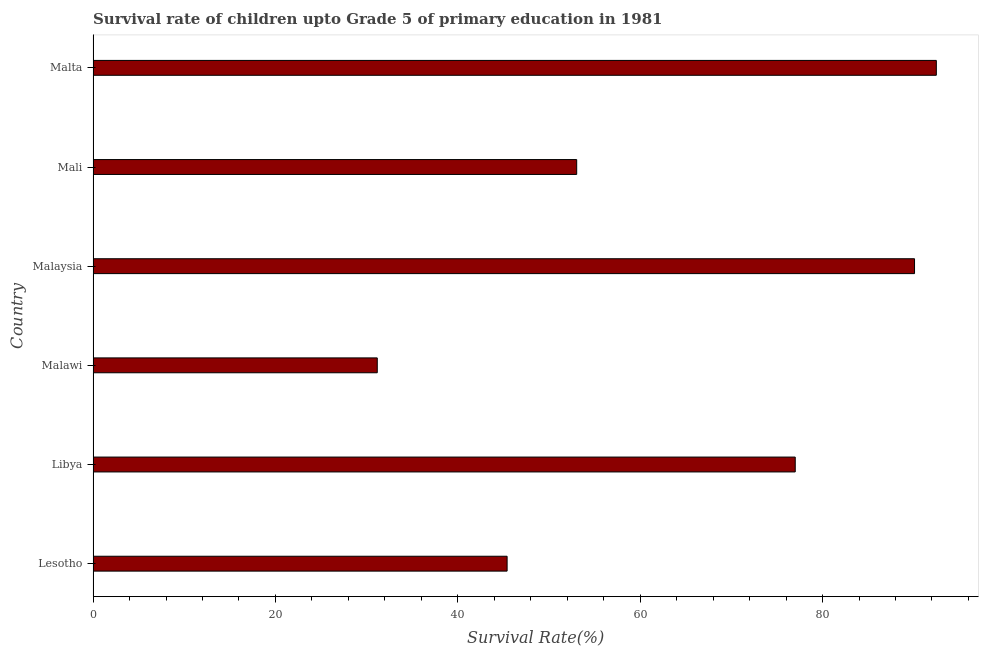
| Country | Survival rate |
 | --- | --- |
 | Lesotho | 45.4 |
 | Libya | 77 |
 | Malawi | 31.2 |
 | Malaysia | 90.1 |
 | Mali | 53 |
 | Malta | 92.5 |